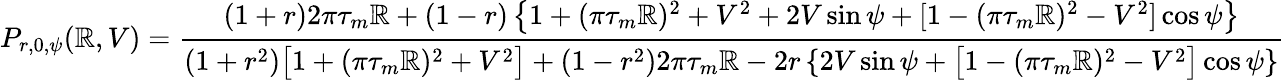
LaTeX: P_{r,0,\psi}(\mathbb{R},V)=\frac{{(1+r)2\pi\tau_{m}\mathbb{R}+(1-r)\left\{ 1+(\pi\tau_{m}\mathbb{R})^{2}+V^{2}+2V\sin\psi+[1-(\pi\tau_{m}\mathbb{R})^{2}-V^{2}]\cos\psi\right\} }}{{(1+r^{2})\big[1+(\pi\tau_{m}\mathbb{R})^{2}+V^{2}\big]+(1-r^{2})2\pi\tau_{m}\mathbb{R}-2r\left\{ 2V\sin\psi+\big[1-(\pi\tau_{m}\mathbb{R})^{2}-V^{2}\big]\cos\psi\right\} }}